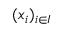
( x _ { i } ) _ { i \in I }